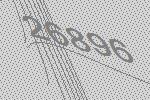
26896